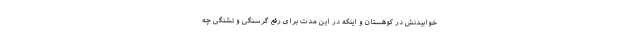
خوابیدنش در کوهستان و اینکه در این مدت برای رفع گرسنگی و تشنگی چه